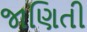
જાણિતી